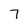
Character: 7